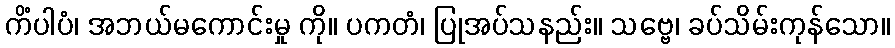
ကိံပါပံ၊ အဘယ်မကောင်းမှု ကို။ ပကတံ၊ ပြုအပ်သနည်း။ သဗ္ဗေ၊ ခပ်သိမ်းကုန်သော။